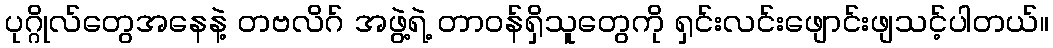
ပုဂ္ဂိုလ်တွေအနေနဲ့ တဗလိဂ် အဖွဲ့ရဲ့ တာဝန်ရှိသူတွေကို ရှင်းလင်းဖျောင်းဖျသင့်ပါတယ်။